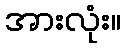
အားလုံး။